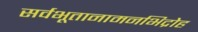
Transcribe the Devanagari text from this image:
सर्वभूतानामनभिद्रोह